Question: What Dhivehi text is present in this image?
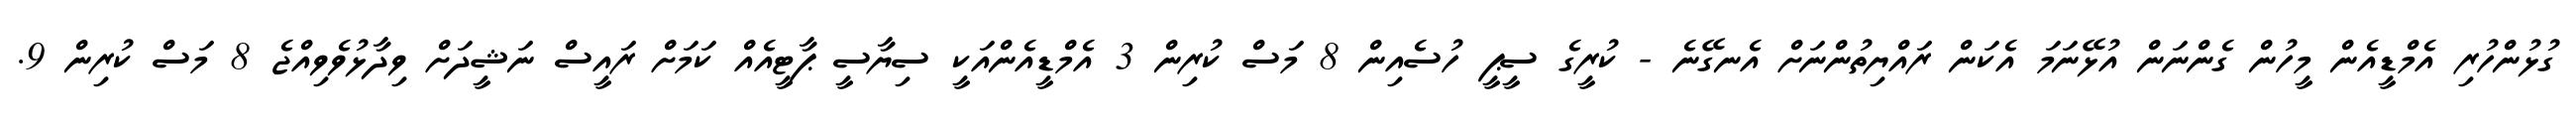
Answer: ގުޅުންހުރި އެމްޑީއެން މީހުން ގެންނަން އުޅޭނަމަ އެކަން ރައްޔިތުންނަށް އެނގޭނެ - ކުރީގެ ސީޕީ ހުސެއިން 8 މަސް ކުރިން 3 އެމްޑީއެންއަކީ ސިޔާސީ ޕާޓީއެއް ކަމަށް ރައީސް ނަޝީދަށް ވިދާޅުވެވިއްޖެ 8 މަސް ކުރިން 9.